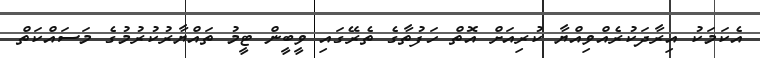
އެކަމަކު އިރާދަކުރެއްވިއްޔާ ކުރިއަށް އޮތް ހަފުތާގެ ތެރޭގައި ވީބީން ޓީމު ތައްޔާރުކުރުމުގެ މަސައްކަތް